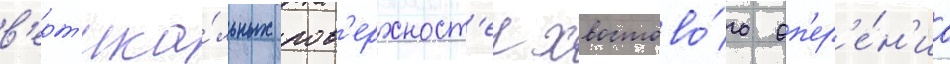
в'ерт'ика́льных пов'ерхност'еи хвостово́го оп'ер'е́н'иа